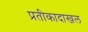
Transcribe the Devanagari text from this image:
प्रतीकादाखल